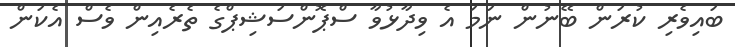
ބައިވެރި ކުރަން ބޭނުން ނަމަ އެ ވިދާޅުވާ ސްޕޮންސަޝިޕްގެ ތެރެއިން ވެސް އެކަން